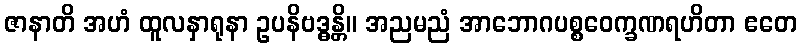
ဇာနာတိ အဟံ ထူလနှာရုနာ ဥပနိဗဒ္ဓန္တိ။ အညမညံ အာဘောဂပစ္စဝေက္ခဏရဟိတာ ဧတေ